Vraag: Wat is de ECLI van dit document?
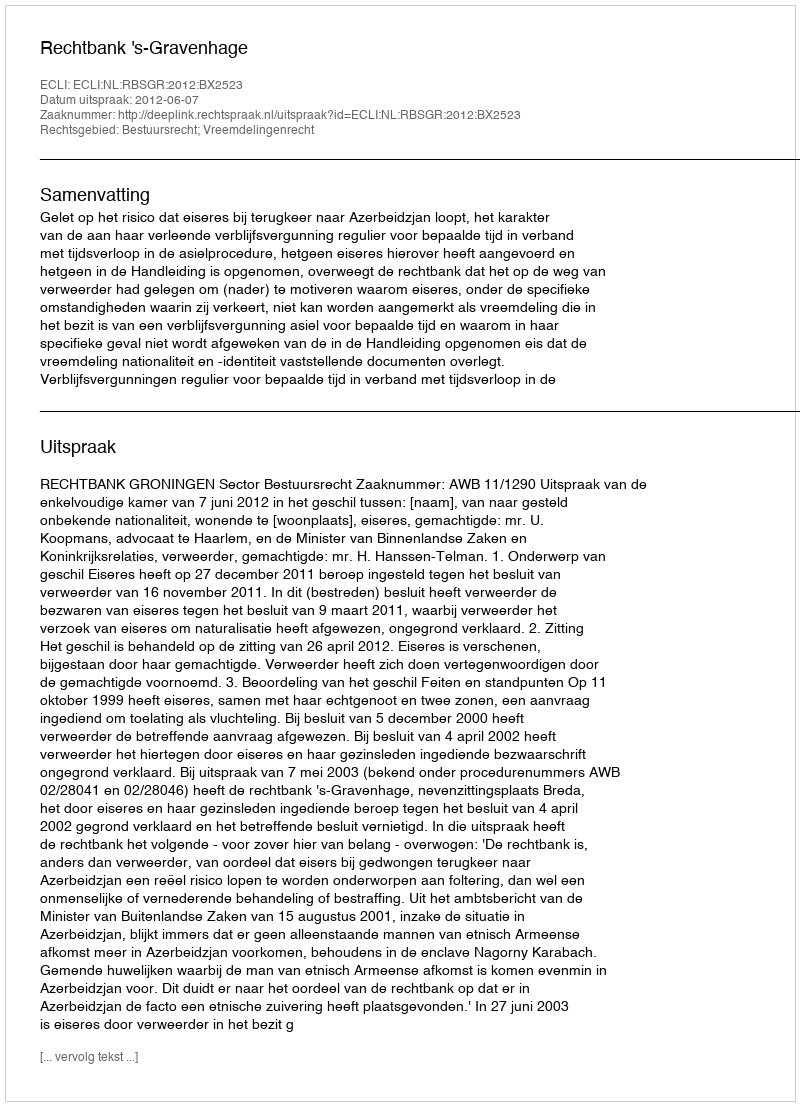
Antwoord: ECLI:NL:RBSGR:2012:BX2523